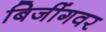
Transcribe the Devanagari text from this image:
बिजींगवर